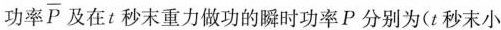
功率\overline{P}及在t秒末重力做功的瞬时功率P分别为(t秒末小